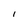
Character: i